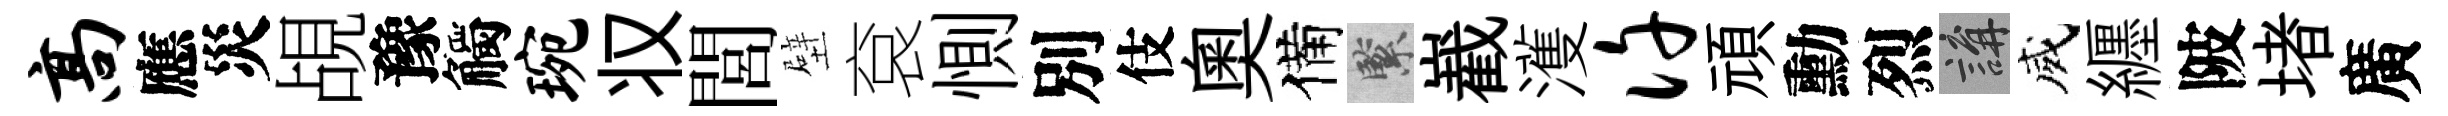
高應災覘豫觸琬𠬧閭壁袞惻別伎奧備緊嶻濩许頑勳烈講威纒陂堵廣